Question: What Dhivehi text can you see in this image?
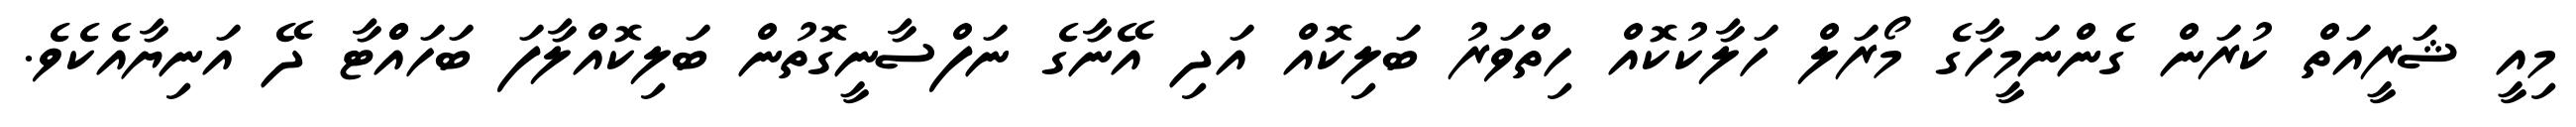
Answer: މިއީ ޝަރީއަތް ކުރަން ގެންނަމީހާގެ މޯރަލް ހަލާކުކޮއް ހިތްވަރު ބަލިކޮއް އަދި އޭނާގެ ނަފްސާނީގޮތުން ބަލިކޮއްލާފަ ބަހައްްޓާ ދޭ އަނިޔާއެކެވެ.